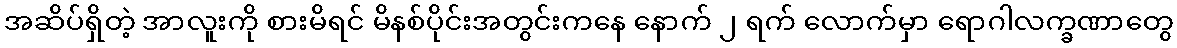
အဆိပ်ရှိတဲ့ အာလူးကို စားမိရင် မိနစ်ပိုင်းအတွင်းကနေ နောက် ၂ ရက် လောက်မှာ ရောဂါလက္ခဏာတွေ